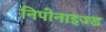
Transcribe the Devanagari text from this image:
निपोनाइज्ड